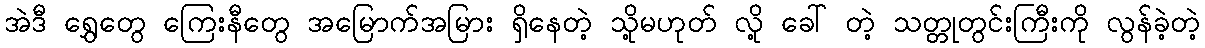
အဲဒီ ရွှေတွေ ကြေးနီတွေ အမြောက်အမြား ရှိနေတဲ့ သို့မဟုတ် လို့ ခေါ် တဲ့ သတ္တုတွင်းကြီးကို လွန်ခဲ့တဲ့